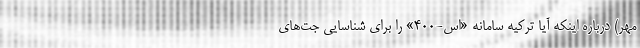
مهر) درباره اینکه آیا ترکیه سامانه «اس-۴۰۰» را برای شناسایی جت‌های